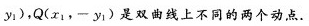
y_{1})，Q(x_{1}，-y_{1})是双曲线上不同的两个动点.